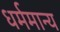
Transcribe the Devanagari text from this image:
धर्ममान्य